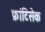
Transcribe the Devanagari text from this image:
फ्रांटिसेक